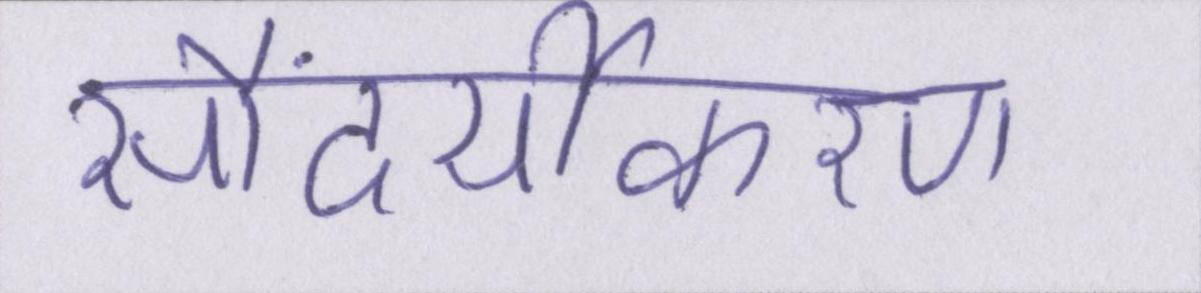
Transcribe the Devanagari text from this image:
सौंदर्यीकरण